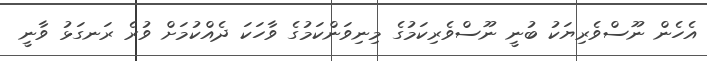
އެހެން ނޫސްވެރިޔަކު ބުނީ ނޫސްވެރިކަމުގެ މިނިވަންކަމުގެ ވާހަކަ ދެއްކުމަށް ވުރެ ރަނގަޅު ވާނީ